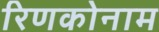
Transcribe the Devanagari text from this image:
रिणकोनाम